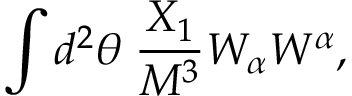
\int d ^ { 2 } \theta \; { \frac { X _ { 1 } } { M ^ { 3 } } } W _ { \alpha } W ^ { \alpha } ,